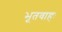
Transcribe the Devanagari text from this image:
भूतवाहः